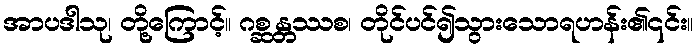
အာပဒါသု၊ တို့ကြောင့်။ ဂစ္ဆန္တ္တဿစ၊ တိုင်ပင်၍သွားသောရဟန်း၏၎င်း။